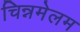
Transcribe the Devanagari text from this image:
चिन्नमेलम